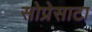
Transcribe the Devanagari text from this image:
सोप्रेसाटा